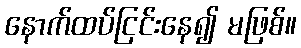
နောက်ထပ်ငြင်းနေ၍ မဖြစ်။